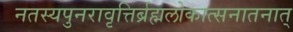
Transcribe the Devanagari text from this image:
नतस्यपुनरावृत्तिर्ब्रह्मलोकात्सनातनात्